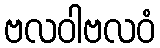
ဗလဝါဗလဝံ